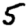
Digit: 5